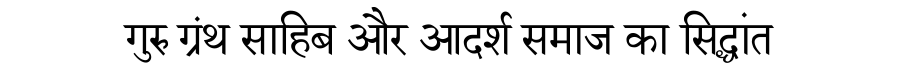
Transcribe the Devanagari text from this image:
गुरु ग्रंथ साहिब और आदर्श समाज का सिद्धांत